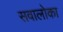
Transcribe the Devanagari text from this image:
सवालोका